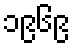
၁၉၆၉